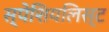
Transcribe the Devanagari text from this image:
स्पेशियलिस्ट